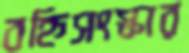
বহ্নিসংস্কার